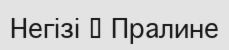
Негізі ─ Пралине